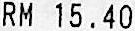
RM 15.40